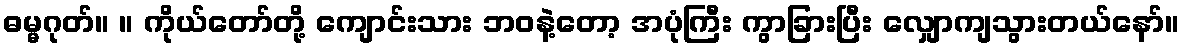
ဓမ္မဂုတ်။ ။ ကိုယ်တော်တို့ ကျောင်းသား ဘဝနဲ့တော့ အပုံကြီး ကွာခြားပြီး လျှောကျသွားတယ်နော်။